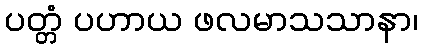
ပတ္တံ ပဟာယ ဖလမာသသာနာ၊